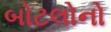
બોટલોનો